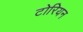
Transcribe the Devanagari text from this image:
टोरियन